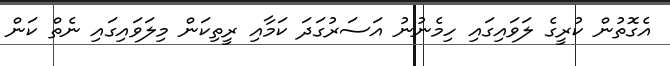
އެގޮތުން ކުރީގެ ލަވައިގައި ހިމެނުނު އަސަރުގަދަ ކަމާއި ރީތިކަން މިލަވައިގައި ނެތް ކަން